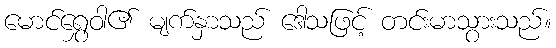
မောင်ရွှေဝါ၏ မျက်နှာသည် ဒေါသဖြင့် တင်းမာသွားသည်။